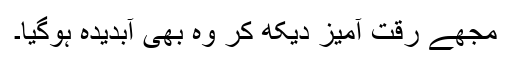
مجھے رقت آمیز دیکھ کر وہ بھی آبدیدہ ہوگیا۔